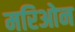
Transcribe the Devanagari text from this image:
मरिओन